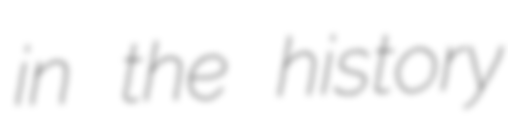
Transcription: in the history